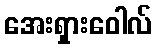
အေးရှားဝေါလ်